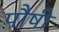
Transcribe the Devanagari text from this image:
पौषी